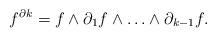
LaTeX: \begin{gather*} f^{\partial k} = f \wedge \partial_1 f \wedge \ldots \wedge \partial_{k-1} f. \end{gather*}